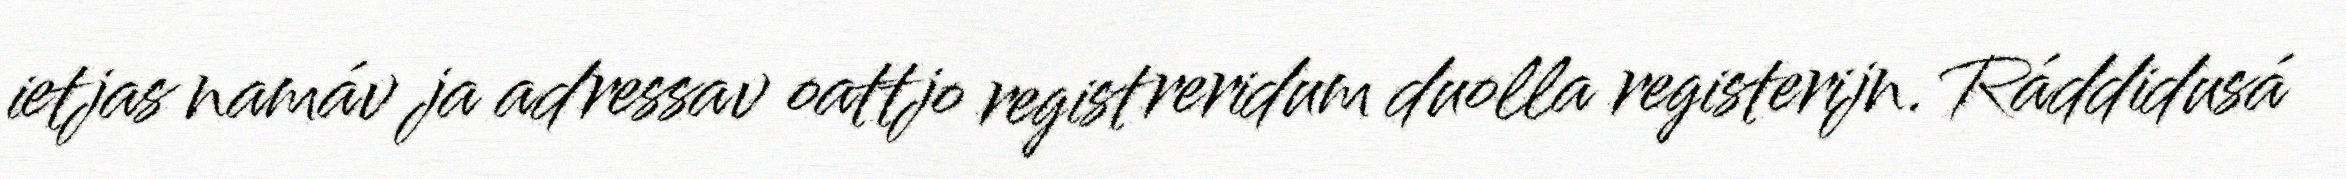
ietjas namáv ja adressav oattjo registreridum duolla registerijn. Ráddidusá